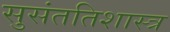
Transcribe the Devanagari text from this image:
सुसंततिशास्त्र